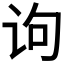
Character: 𰵛